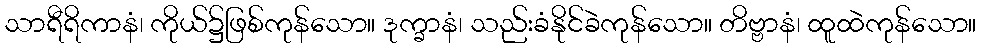
သာရီရိကာနံ၊ ကိုယ်၌ဖြစ်ကုန်သော။ ဒုက္ခာနံ၊ သည်းခံနိုင်ခဲကုန်သော။ တိဗ္ဗာနံ၊ ထူထဲကုန်သော။